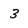
Character: 3